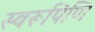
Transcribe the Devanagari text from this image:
स्वरूपिणि